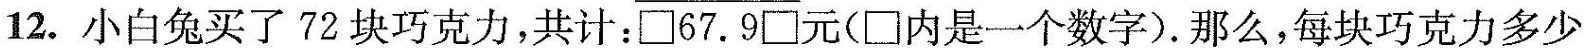
12.小白兔买了72块巧克力，共计：\Box 67.9 \Box 元( \Box 内是一个数字)。那么，每块巧克力多少